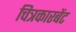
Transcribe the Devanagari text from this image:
चित्रकारबेंट